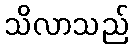
သိလာသည်